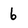
Character: 6